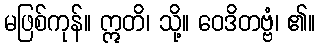
မဖြစ်ကုန်။ ဣတိ၊ သို့။ ဝေဒိတဗ္ဗံ၊ ၏။